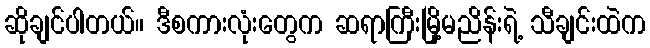
ဆိုချင်ပါတယ်။ ဒီစကားလုံးတွေက ဆရာကြီးမြို့မညိန်းရဲ့ သီချင်းထဲက